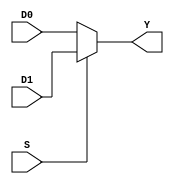
module m21( D0, D1, S, Y);
	input wire D0, D1, S;
	output reg Y;

always @(D0 or D1 or S) begin
	if(S) 
		Y= D1;
	else
		Y=D0;
end

endmodule